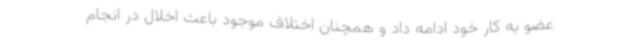
عضو به کار خود ادامه داد و همچنان اختلاف موجود باعث اخلال در انجام